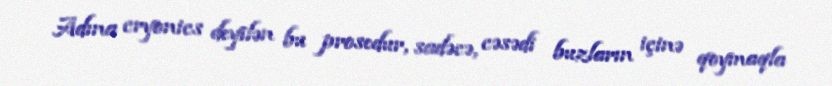
Adına cryonics deyilən bu prosedur, sadəcə, cəsədi buzların içinə qoymaqla